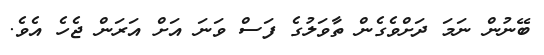
ބޭނުން ނަމަ ދަށްވެގެން ތާވަލުގެ ފަސް ވަނަ އަށް އަރަން ޖެހެ އެވެ.